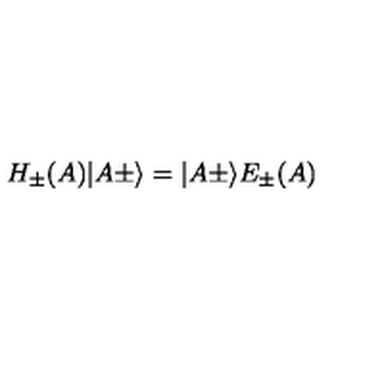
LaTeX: H _ { \pm } ( A ) \vert A \pm \rangle = \vert A \pm \rangle E _ { \pm } ( A )